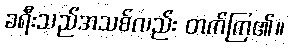
ခရီးသည်အသစ်လည်း တက်ကြ၏။